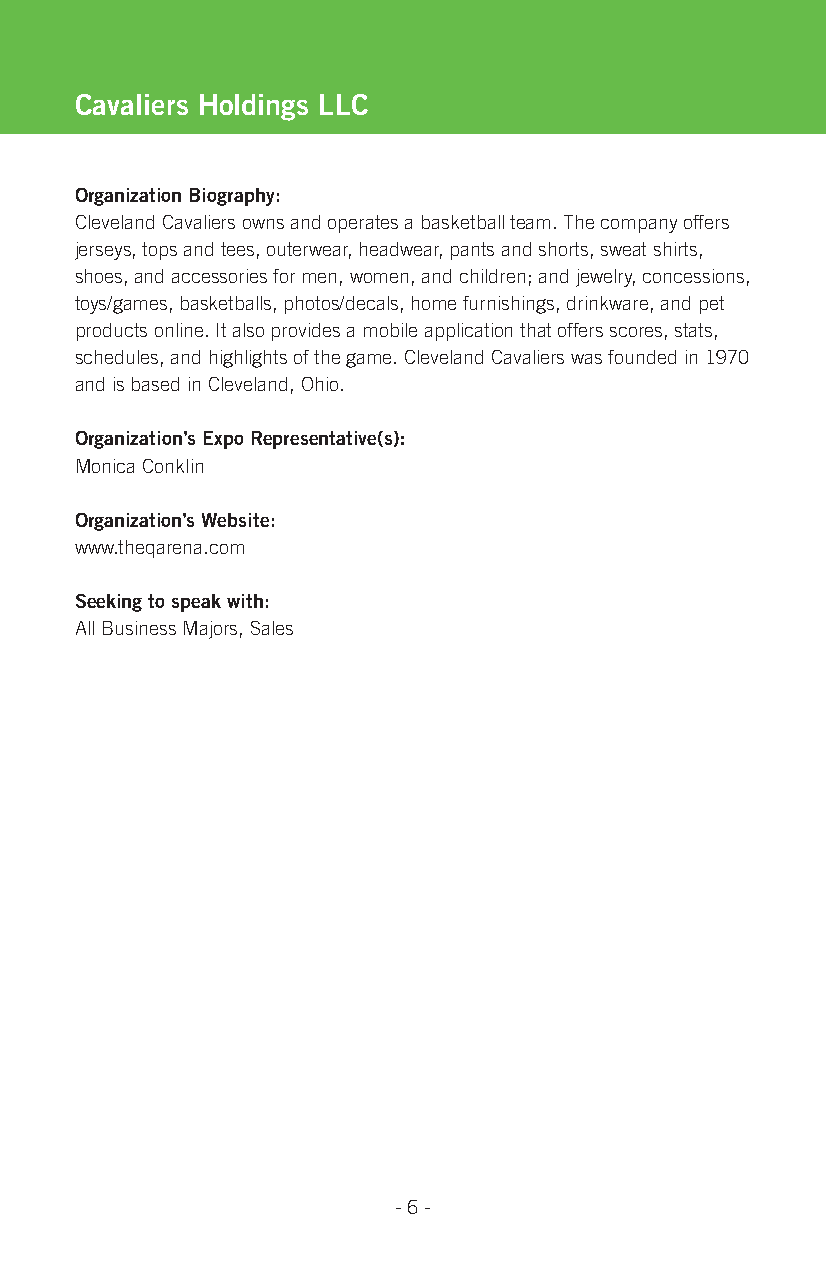
Cavaliers holdings LLC
 organization Biography:
 Cleveland Cavaliers owns and operates a basketball team. The company offers
 jerseys, tops and tees, outerwear, headwear, pants and shorts, sweat shirts,
 shoes, and accessories for men, women, and children; and jewelry, concessions,
 toys/games, basketballs, photos/decals, home furnishings, drinkware, and pet
 products online. It also provides a mobile application that offers scores, stats,
 schedules, and highlights of the game. Cleveland Cavaliers was founded in 1970
 and is based in Cleveland, Ohio.
 organization’s expo representative(s):
 Monica Conklin
 organization’s Website:
 www.theqarena.com
 seeking to speak with:
 All Business Majors, Sales
 - 6 -